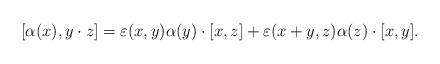
LaTeX: \begin{align*}[\alpha (x) , y\cdot z]=\varepsilon(x,y)\alpha (y)\cdot[x,z]+ \varepsilon(x+y,z)\alpha (z)\cdot [x,y].\end{align*}